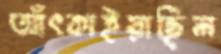
আঁৎকাইয়াছিল